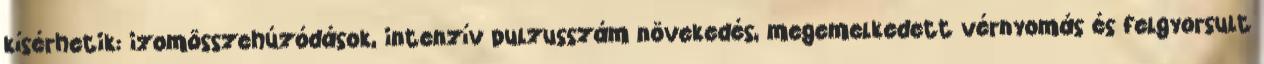
kísérhetik: izomösszehúzódások, intenzív pulzusszám növekedés, megemelkedett vérnyomás és felgyorsult